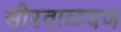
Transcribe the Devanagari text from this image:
सौरवाळवण